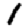
Digit: 1